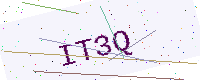
Text: IT3Q